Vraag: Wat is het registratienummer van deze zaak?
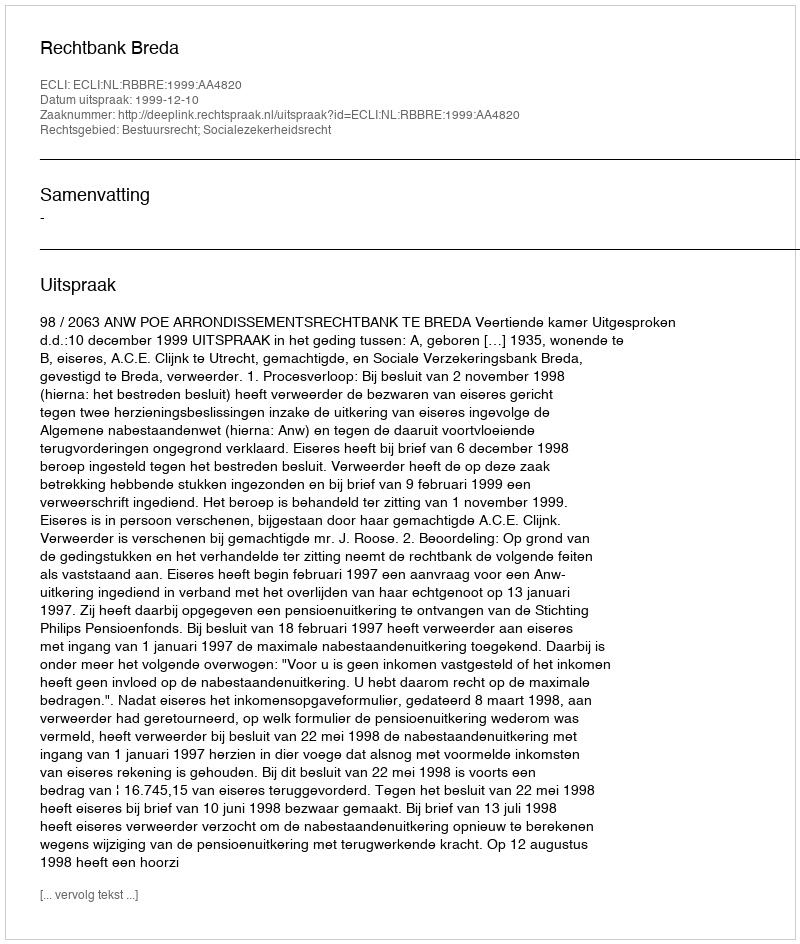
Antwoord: http://deeplink.rechtspraak.nl/uitspraak?id=ECLI:NL:RBBRE:1999:AA4820